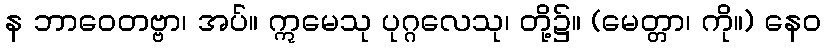
န ဘာဝေတဗ္ဗာ၊ အပ်။ ဣမေသု ပုဂ္ဂလေသု၊ တို့၌။ (မေတ္တာ၊ ကို။) နေဝ